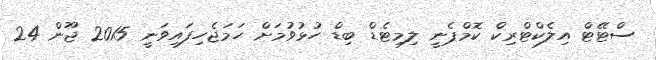
ސްޓޭޓް އިލެކްޓްރިކް ކޮމްޕެނީ ލިމިޓެޑް ބިޑް ހުޅުވުމަށް ހަމަޖެހިފައިވަނީ 2015 ޖޫން 24